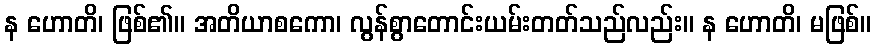
န ဟောတိ၊ ဖြစ်၏။ အတိယာစကော၊ လွန်စွာတောင်းယမ်းတတ်သည်လည်း။ န ဟောတိ၊ မဖြစ်။